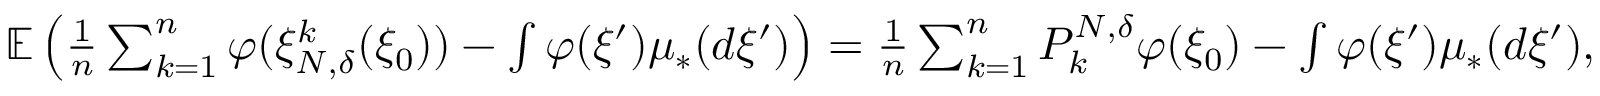
\begin{array} { r } { \mathbb { E } \left( \frac { 1 } { n } \sum _ { k = 1 } ^ { n } \varphi ( \xi _ { N , \delta } ^ { k } ( \xi _ { 0 } ) ) - \int \varphi ( \xi ^ { \prime } ) \mu _ { * } ( d \xi ^ { \prime } ) \right) = \frac { 1 } { n } \sum _ { k = 1 } ^ { n } P _ { k } ^ { N , \delta } \varphi ( \xi _ { 0 } ) - \int \varphi ( \xi ^ { \prime } ) \mu _ { * } ( d \xi ^ { \prime } ) , } \end{array}